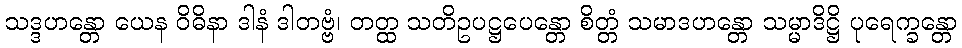
သဒ္ဒဟန္တော ယေန ဝိဓိနာ ဒါနံ ဒါတဗ္ဗံ၊ တတ္ထ သတိဥပဋ္ဌပေန္တော စိတ္တံ သမာဒဟန္တော သမ္မာဒိဋ္ဌိ ပုရေက္ခန္တော